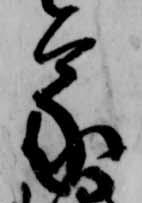
蒙